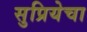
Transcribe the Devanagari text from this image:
सुप्रियेचा